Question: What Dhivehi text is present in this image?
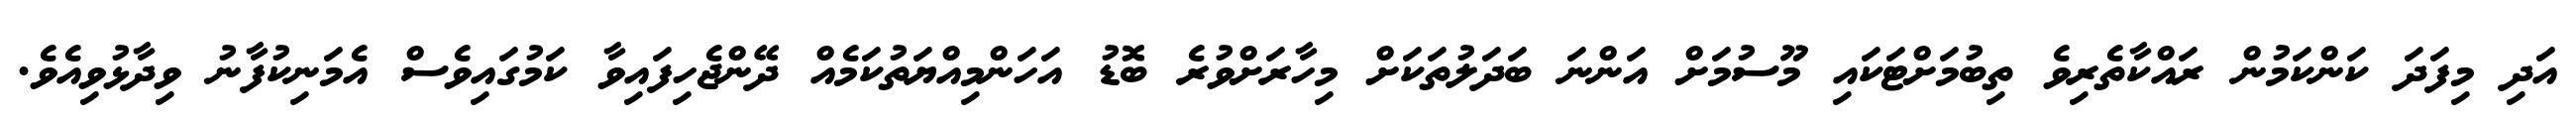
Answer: އަދި މިފަދަ ކަންކަމުން ރައްކާތެރިވެ ތިބުމަށްޓަކައި މޫސުމަށް އަންނަ ބަދަލުތަކަށް މިހާރަށްވުރެ ބޮޑު އަހަންމިއްޔަތުކަމެއް ދޭންޖެހިފައިވާ ކަމުގައިވެސް އެމަނިކުފާނު ވިދާޅުވިއެވެ.